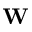
\mathbf { W }